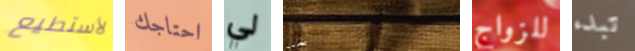
لأستطيع احتاجك لي الموسيقية للزواج تبدء